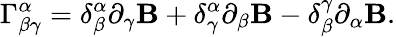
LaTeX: \Gamma_{\beta\gamma}^{\alpha}=\delta_{\beta}^{\alpha}\partial_{\gamma}\mathbf{B}+\delta_{\gamma}^{\alpha}\partial_{\beta}\mathbf{B}-\delta_{\beta}^{\gamma}\partial_{\alpha}\mathbf{B}.